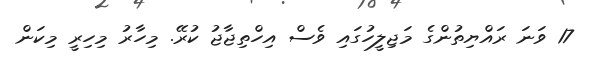
17 ވަނަ ރައްޔިތުންގެ މަޖިލީހުގައި ވެސް އިހްތިޖާޖު ކުރޭ. މިހާރު މިހިރީ މިކަން